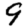
Digit: 9